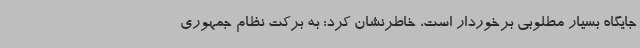
جایگاه بسیار مطلوبی برخوردار است، خاطرنشان کرد: به برکت نظام جمهوری